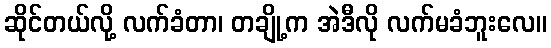
ဆိုင်တယ်လို့ လက်ခံတာ၊ တချို့က အဲဒီလို လက်မခံဘူးလေ။